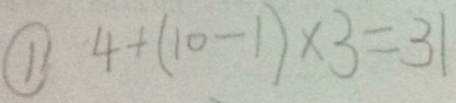
\textcircled { 1 } 4 + ( 1 0 - 1 ) \times 3 = 3 1